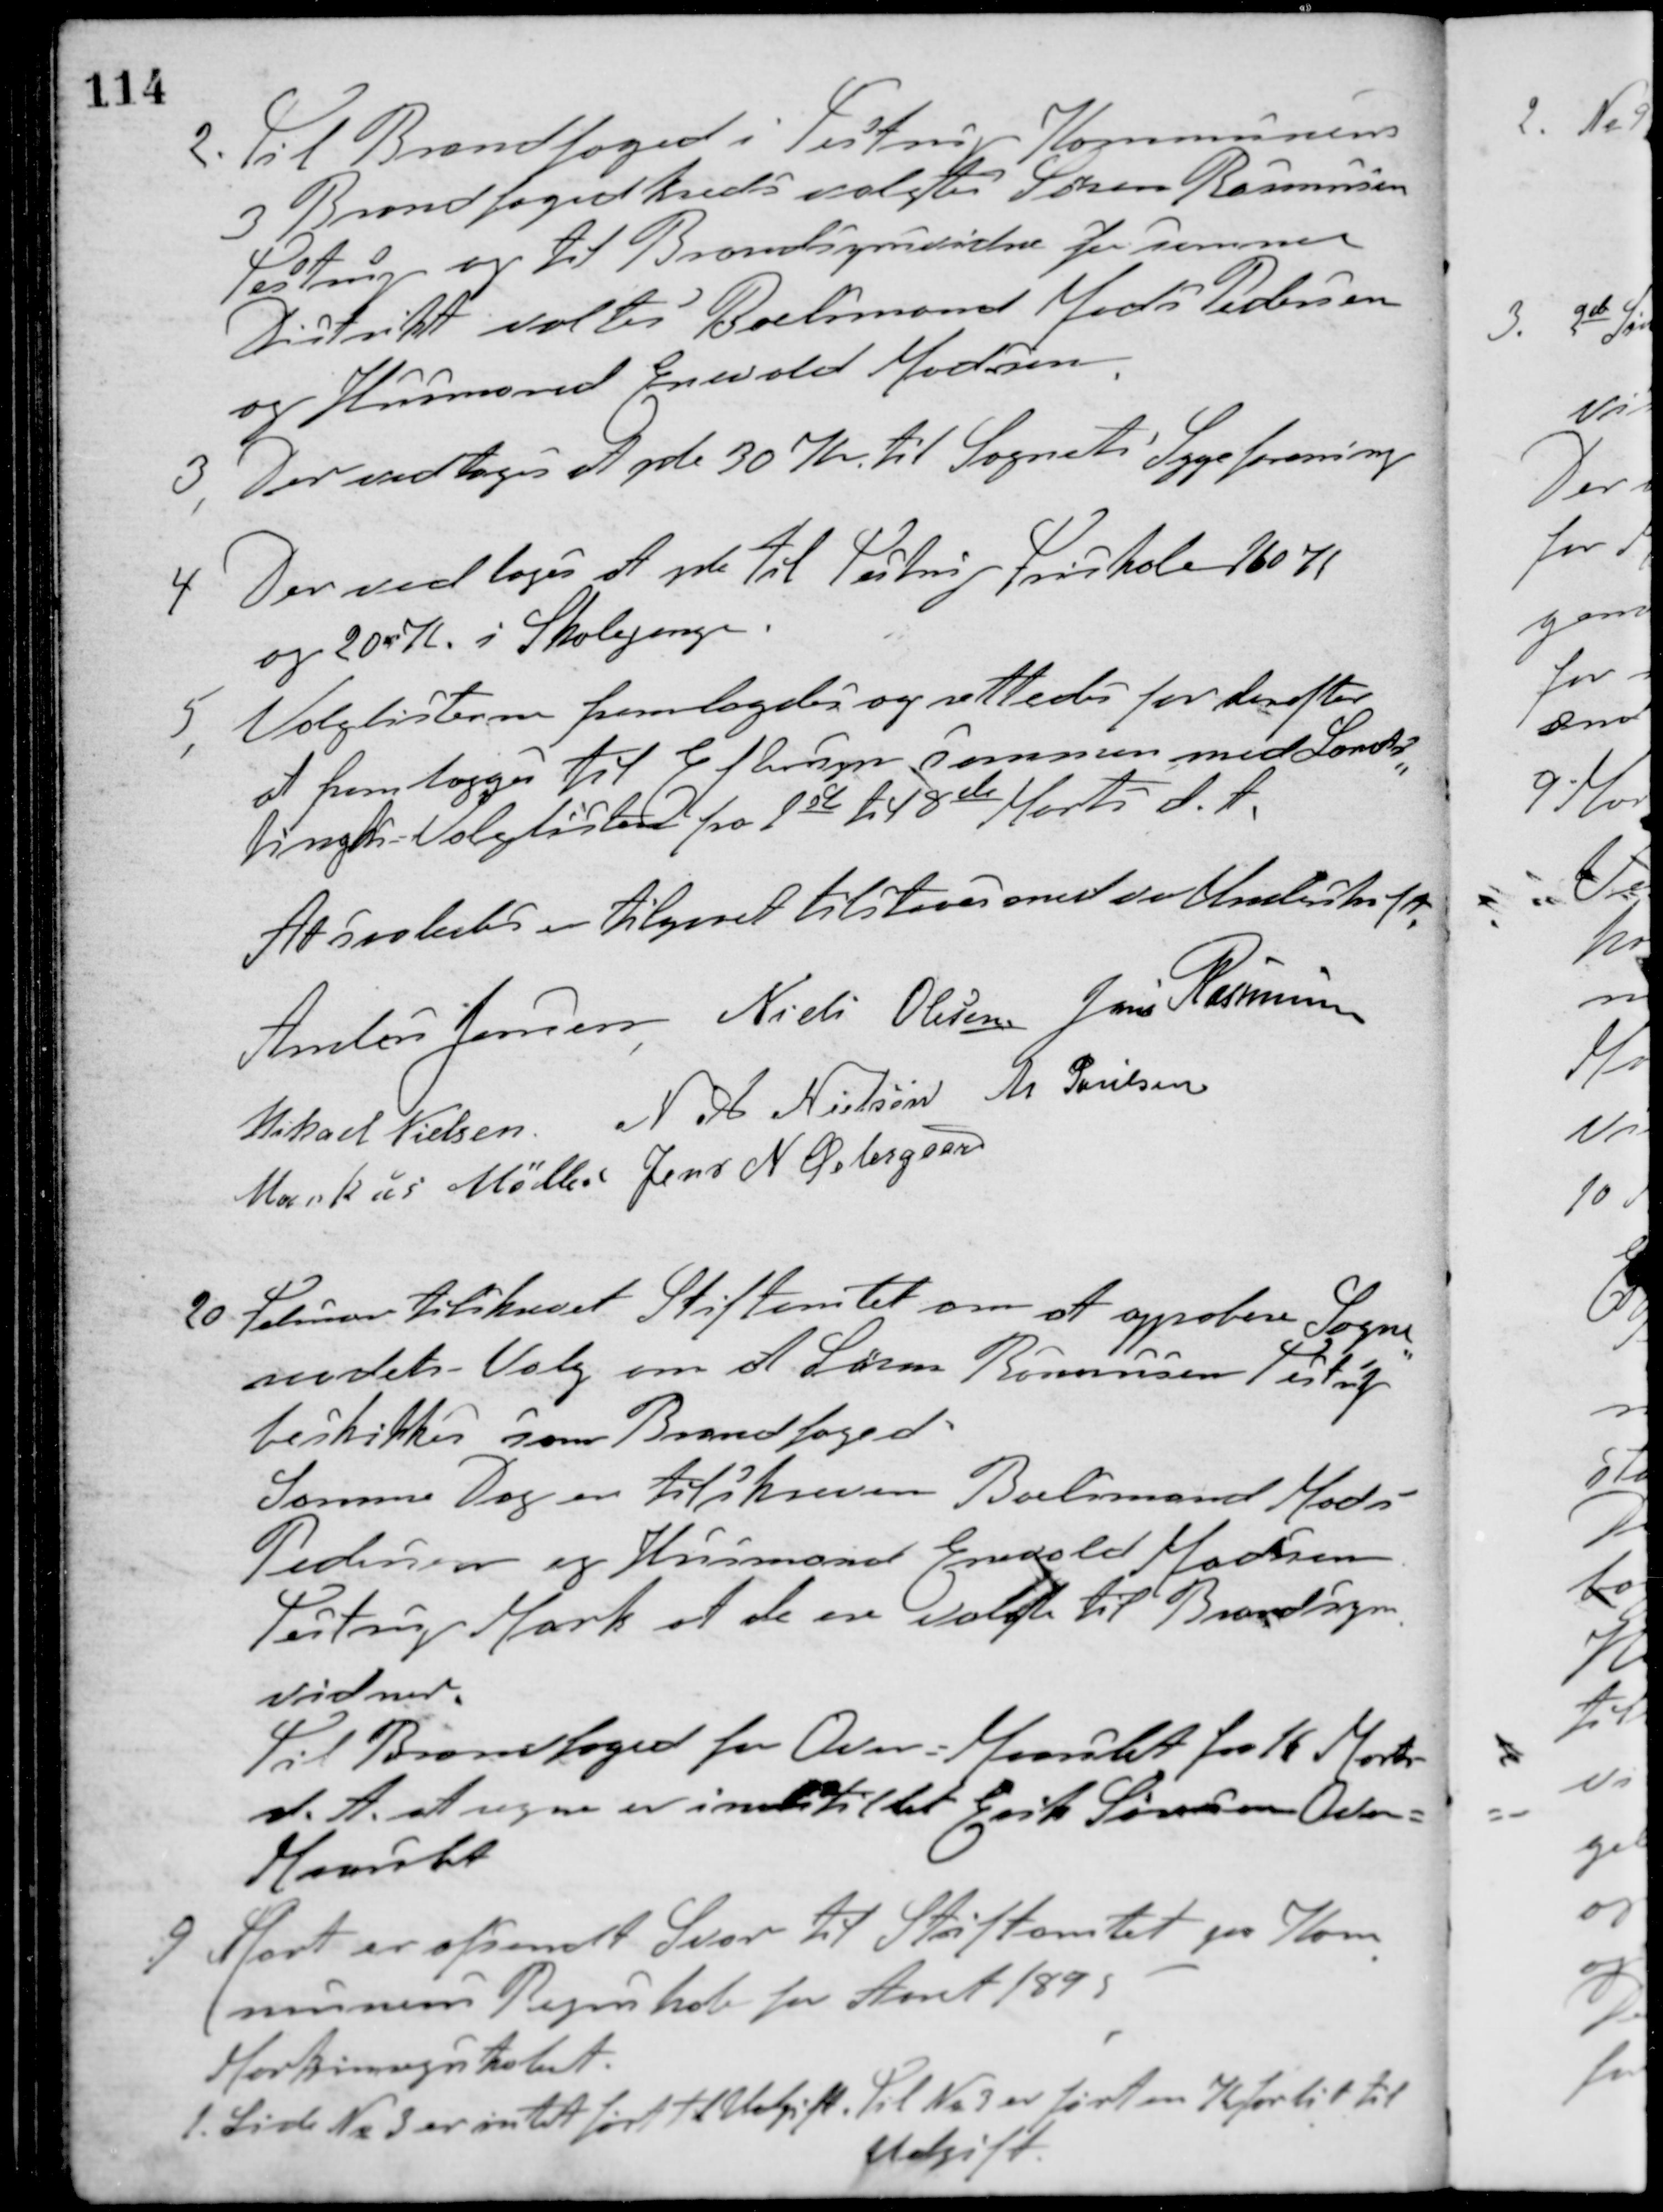
Transskription:
2. Til Brandfoged i Testrup Kommunens
3 Brandfogedkreds valgtes Søren Rasmussen
Testrup og til Brandsynsvidne for samme
Distrikt valtes Boelsmand Mads Pedersen
og Husmand Enwald Madsen.
3. Der vedtoges yde 30 Kr. til Sognets Sygeforening
4 Der vedtoges at yde til Testrup Friskole 60 K
og 20 K i Skolepenge.
5. Valglisterne fremlagdes og rettedes for derefter
at fremlægges til Eftersyn sammen med Lands-
tings Valglisten fra 1ste til 8de Marts d. A.
At saaledes en tilgaaet tilstaaes med vor Underskrift
Anders Jensen Niels Olesen Jens Rasmusen
Mikael Nielsen N. A. Nielsen M. Poulsen
Markus Møller Jens N. Østergaard
20 Februar tilskrevet Stiftamtet om at approbere Sogne-
raadets Valg om at Søren Rasmussen, Testrup
beskikkes som Brandfoged.
Samme Dag er tilskreven Boelsmand Mads
Pedersen og Husmand Enwald Madsen
Testrup Mark af de ere valgte til Brandsyns-
vidner.
Til Brandfoged for Over-Maarslet fra 16 Marts
d. A. at regne er indstillet Erik Sørensen Over-
Maarslet.
9 Marts er afsendt Svar til Stiftamtet på Kom-
munens Regnskab for Aaret 1895
Maskinregnskabet.
1. Side No 3 er intet ført til Udgift. Til No 3 er ført en Kr. for lidt til
Udgift.